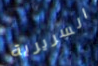
السريرية